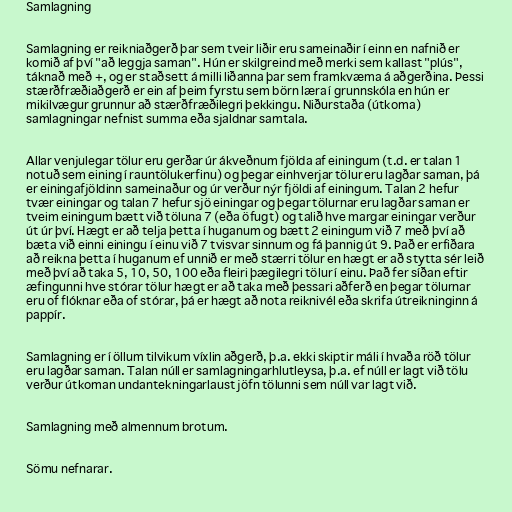
Samlagning

Samlagning er reikniaðgerð þar sem tveir liðir eru sameinaðir í einn en nafnið er
komið af því "að leggja saman". Hún er skilgreind með merki sem kallast "plús",
táknað með +, og er staðsett á milli liðanna þar sem framkvæma á aðgerðina. Þessi
stærðfræðiaðgerð er ein af þeim fyrstu sem börn læra í grunnskóla en hún er
mikilvægur grunnur að stærðfræðilegri þekkingu. Niðurstaða (útkoma)
samlagningar nefnist summa eða sjaldnar samtala.

Allar venjulegar tölur eru gerðar úr ákveðnum fjölda af einingum (t.d. er talan 1
notuð sem eining í rauntölukerfinu) og þegar einhverjar tölur eru lagðar saman, þá
er einingafjöldinn sameinaður og úr verður nýr fjöldi af einingum. Talan 2 hefur
tvær einingar og talan 7 hefur sjö einingar og þegar tölurnar eru lagðar saman er
tveim einingum bætt við töluna 7 (eða öfugt) og talið hve margar einingar verður
út úr því. Hægt er að telja þetta í huganum og bætt 2 einingum við 7 með því að
bæta við einni einingu í einu við 7 tvisvar sinnum og fá þannig út 9. Það er erfiðara
að reikna þetta í huganum ef unnið er með stærri tölur en hægt er að stytta sér leið
með því að taka 5, 10, 50, 100 eða fleiri þægilegri tölur í einu. Það fer síðan eftir
æfingunni hve stórar tölur hægt er að taka með þessari aðferð en þegar tölurnar
eru of flóknar eða of stórar, þá er hægt að nota reiknivél eða skrifa útreikninginn á
pappír.

Samlagning er í öllum tilvikum víxlin aðgerð, þ.a. ekki skiptir máli í hvaða röð tölur
eru lagðar saman. Talan núll er samlagningarhlutleysa, þ.a. ef núll er lagt við tölu
verður útkoman undantekningarlaust jöfn tölunni sem núll var lagt við.

Samlagning með almennum brotum.

Sömu nefnarar.